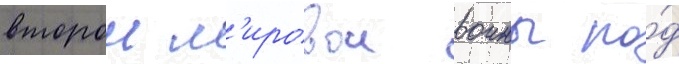
второи м'ировои воины по́д